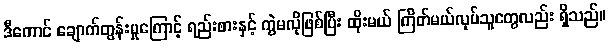
ဒီကောင် ချောက်တွန်းမှုကြောင့် ရည်းစားနှင့် ကွဲမလိုဖြစ်ပြီး ထိုးမယ် ကြိတ်မယ်လုပ်သူတွေလည်း ရှိသည်။